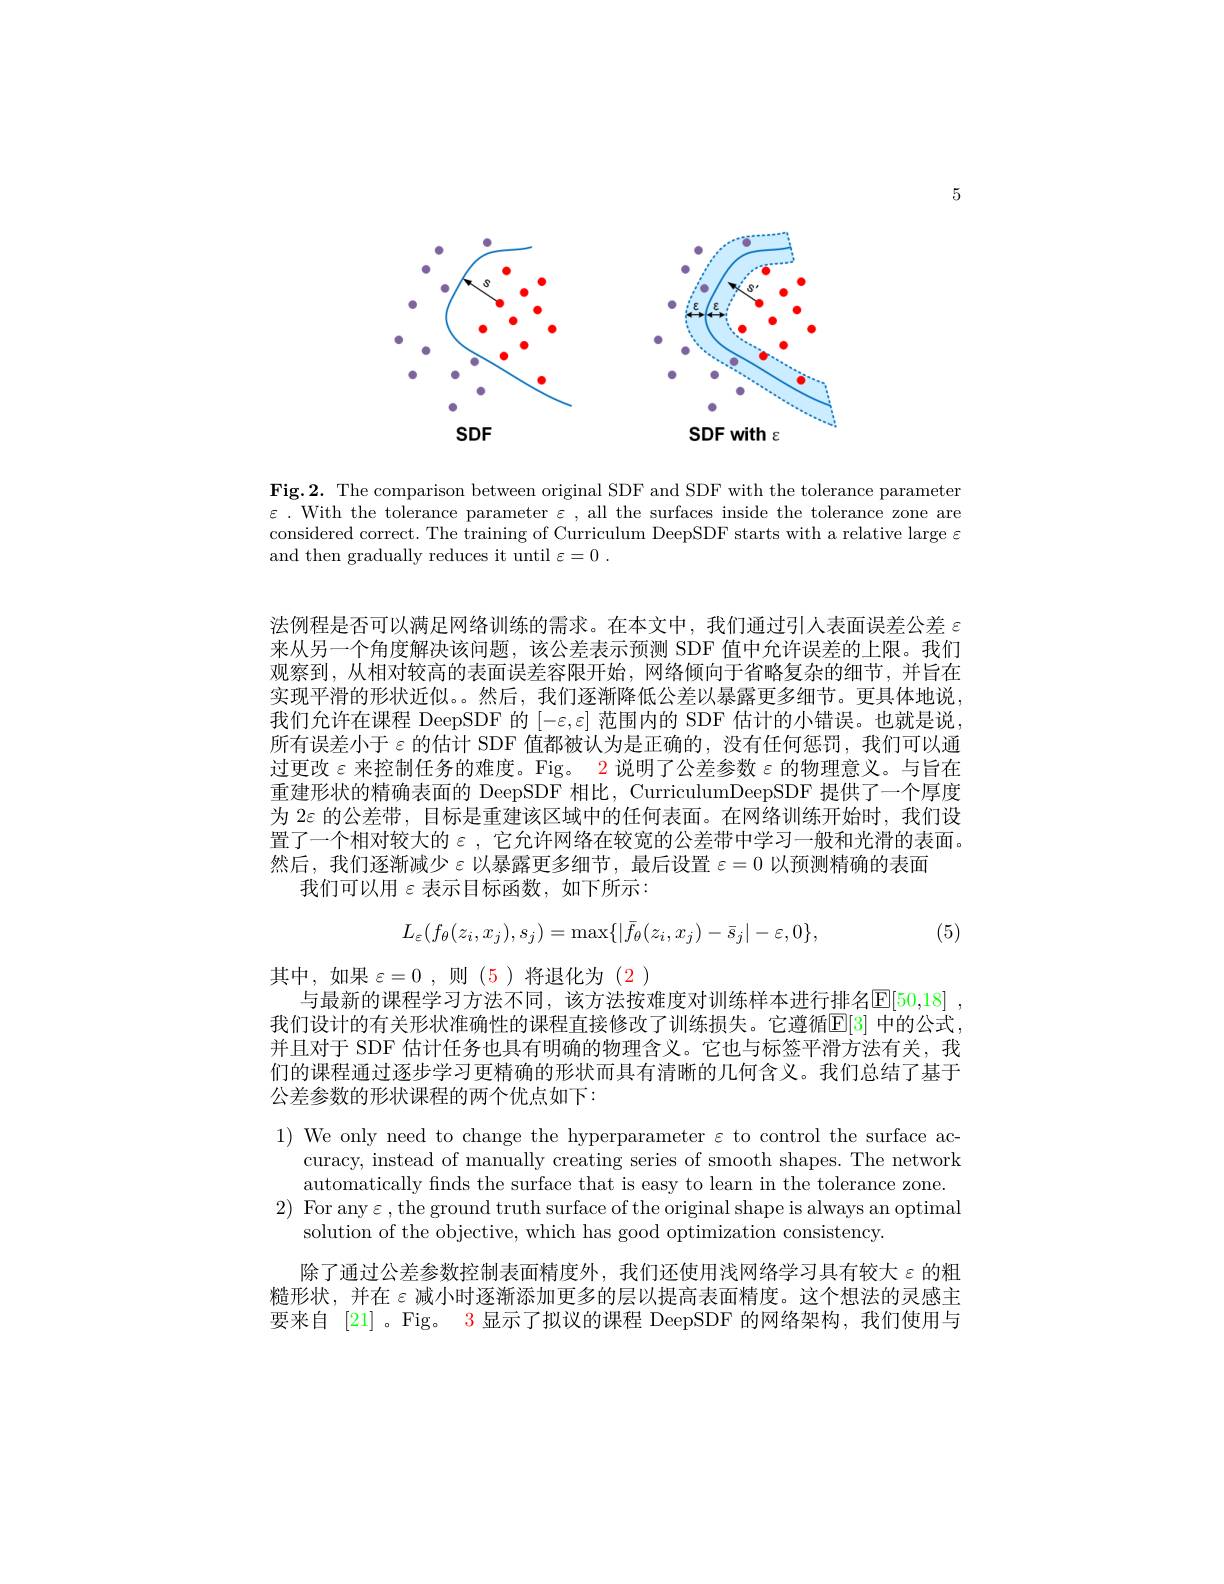
5

<FigureHere>

<FigureHere>

$SDF$

SDF with $\varepsilon$

Fig.2. The comparison between original SDF and SDF with the tolerance parameter $\varepsilon.$ With the tolerance parameter $\varepsilon$, all the surfaces inside the tolerance zone are considered correct. The training of Curriculum DeepSDF starts with a relative large $\varepsilon$ and then gradually reduces it until $\varepsilon = 0$ .

法例程是否可以满足网络训练的需求。在本文中，我们通过引人表面误差公差$\varepsilon$ 来从另一个角度解决该问题，该公差表示预测 SDF 值中允许误差的上限。我们观察到，从相对较高的表面误差容限开始，网络倾向于省略复杂的细节，并旨在实现平滑的形状近似。。然后，我们逐渐降低公差以暴露更多细节。更具体地说我们允许在课程 DeepSDF 的$[-\varepsilon,\varepsilon]$范围内的 SDF 估计的小错误。也就是说所有误差小于$\varepsilon$ 的估计 SDF 值都被认为是正确的，没有任何惩罚，我们可以通过更改$\varepsilon$来控制任务的难度。Fig。$\color{red}{2}$说明了公差参数$\varepsilon$的物理意义。与旨在重建形状的精确表面的 DeepSDF 相比，CurriculumDeepSDF 提供了一个厚度为 2$\varepsilon$的公差带，目标是重建该区域中的任何表面。在网络训练开始时，我们设置了一个相对较大的$\varepsilon$ ,它允许网络在较宽的公差带中学习一般和光滑的表面。然后，我们逐渐减少$\varepsilon$以暴露更多细节，最后设置$\varepsilon=0$ 以预测精确的表面
我们可以用$\varepsilon$表示目标函数，如下所示：
$$L_{\varepsilon}(f_{\theta}(z_{i},x_{j}),s_{j})=\max\{|\bar{f}_{\theta}(z_{i},x_{j})-\bar{s}_{j}|-\varepsilon,0\},$$
, (5)

其中，如果 $\varepsilon=0$,则(5)将退化为(2)
与最新的课程学习方法不同，该方法按难度对训练样本进行排名$\mathbb{E} [ 50, 18]$ , 我们设计的有关形状准确性的课程直接修改了训练损失。它遵循$\mathbb{E}[3]$ 中的公式， 并且对于 SDF 估计任务也具有明确的物理含义。它也与标签平滑方法有关，我们的课程通过逐步学习更精确的形状而具有清晰的几何含义。我们总结了基于公差参数的形状课程的两个优点如下：

$1){\mathrm{~We~only~need~to~change~the~hyperparameter~\varepsilon~to~control~the~surface~ac-}}$
curacy, instead of manually creating series of smooth shapes. The network
automatically fnds the surface that is easy to learn in the tolerance zone.
$2){\text{ For any}\varepsilon,\text{the ground truth surface of the original shape is always an optimal}}$
solution of the objective, which has good optimization consistency.

除了通过公差参数控制表面精度外，我们还使用浅网络学习具有较大$\varepsilon$的粗糙形状，并在$\varepsilon$ 减小时逐渐添加更多的层以提高表面精度。这个想法的灵感主要来自 [21] 。Fig。$\color{red}{3}$显示了拟议的课程 DeepSDF 的网络架构，我们使用与